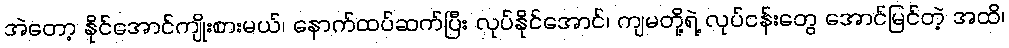
အဲတော့ နိုင်အောင်ကျိုးစားမယ်၊ နောက်ထပ်ဆက်ပြီး လုပ်နိုင်အောင်၊ ကျမတို့ရဲ့ လုပ်ငန်းတွေ အောင်မြင်တဲ့ အထိ၊